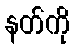
နတ်ကို